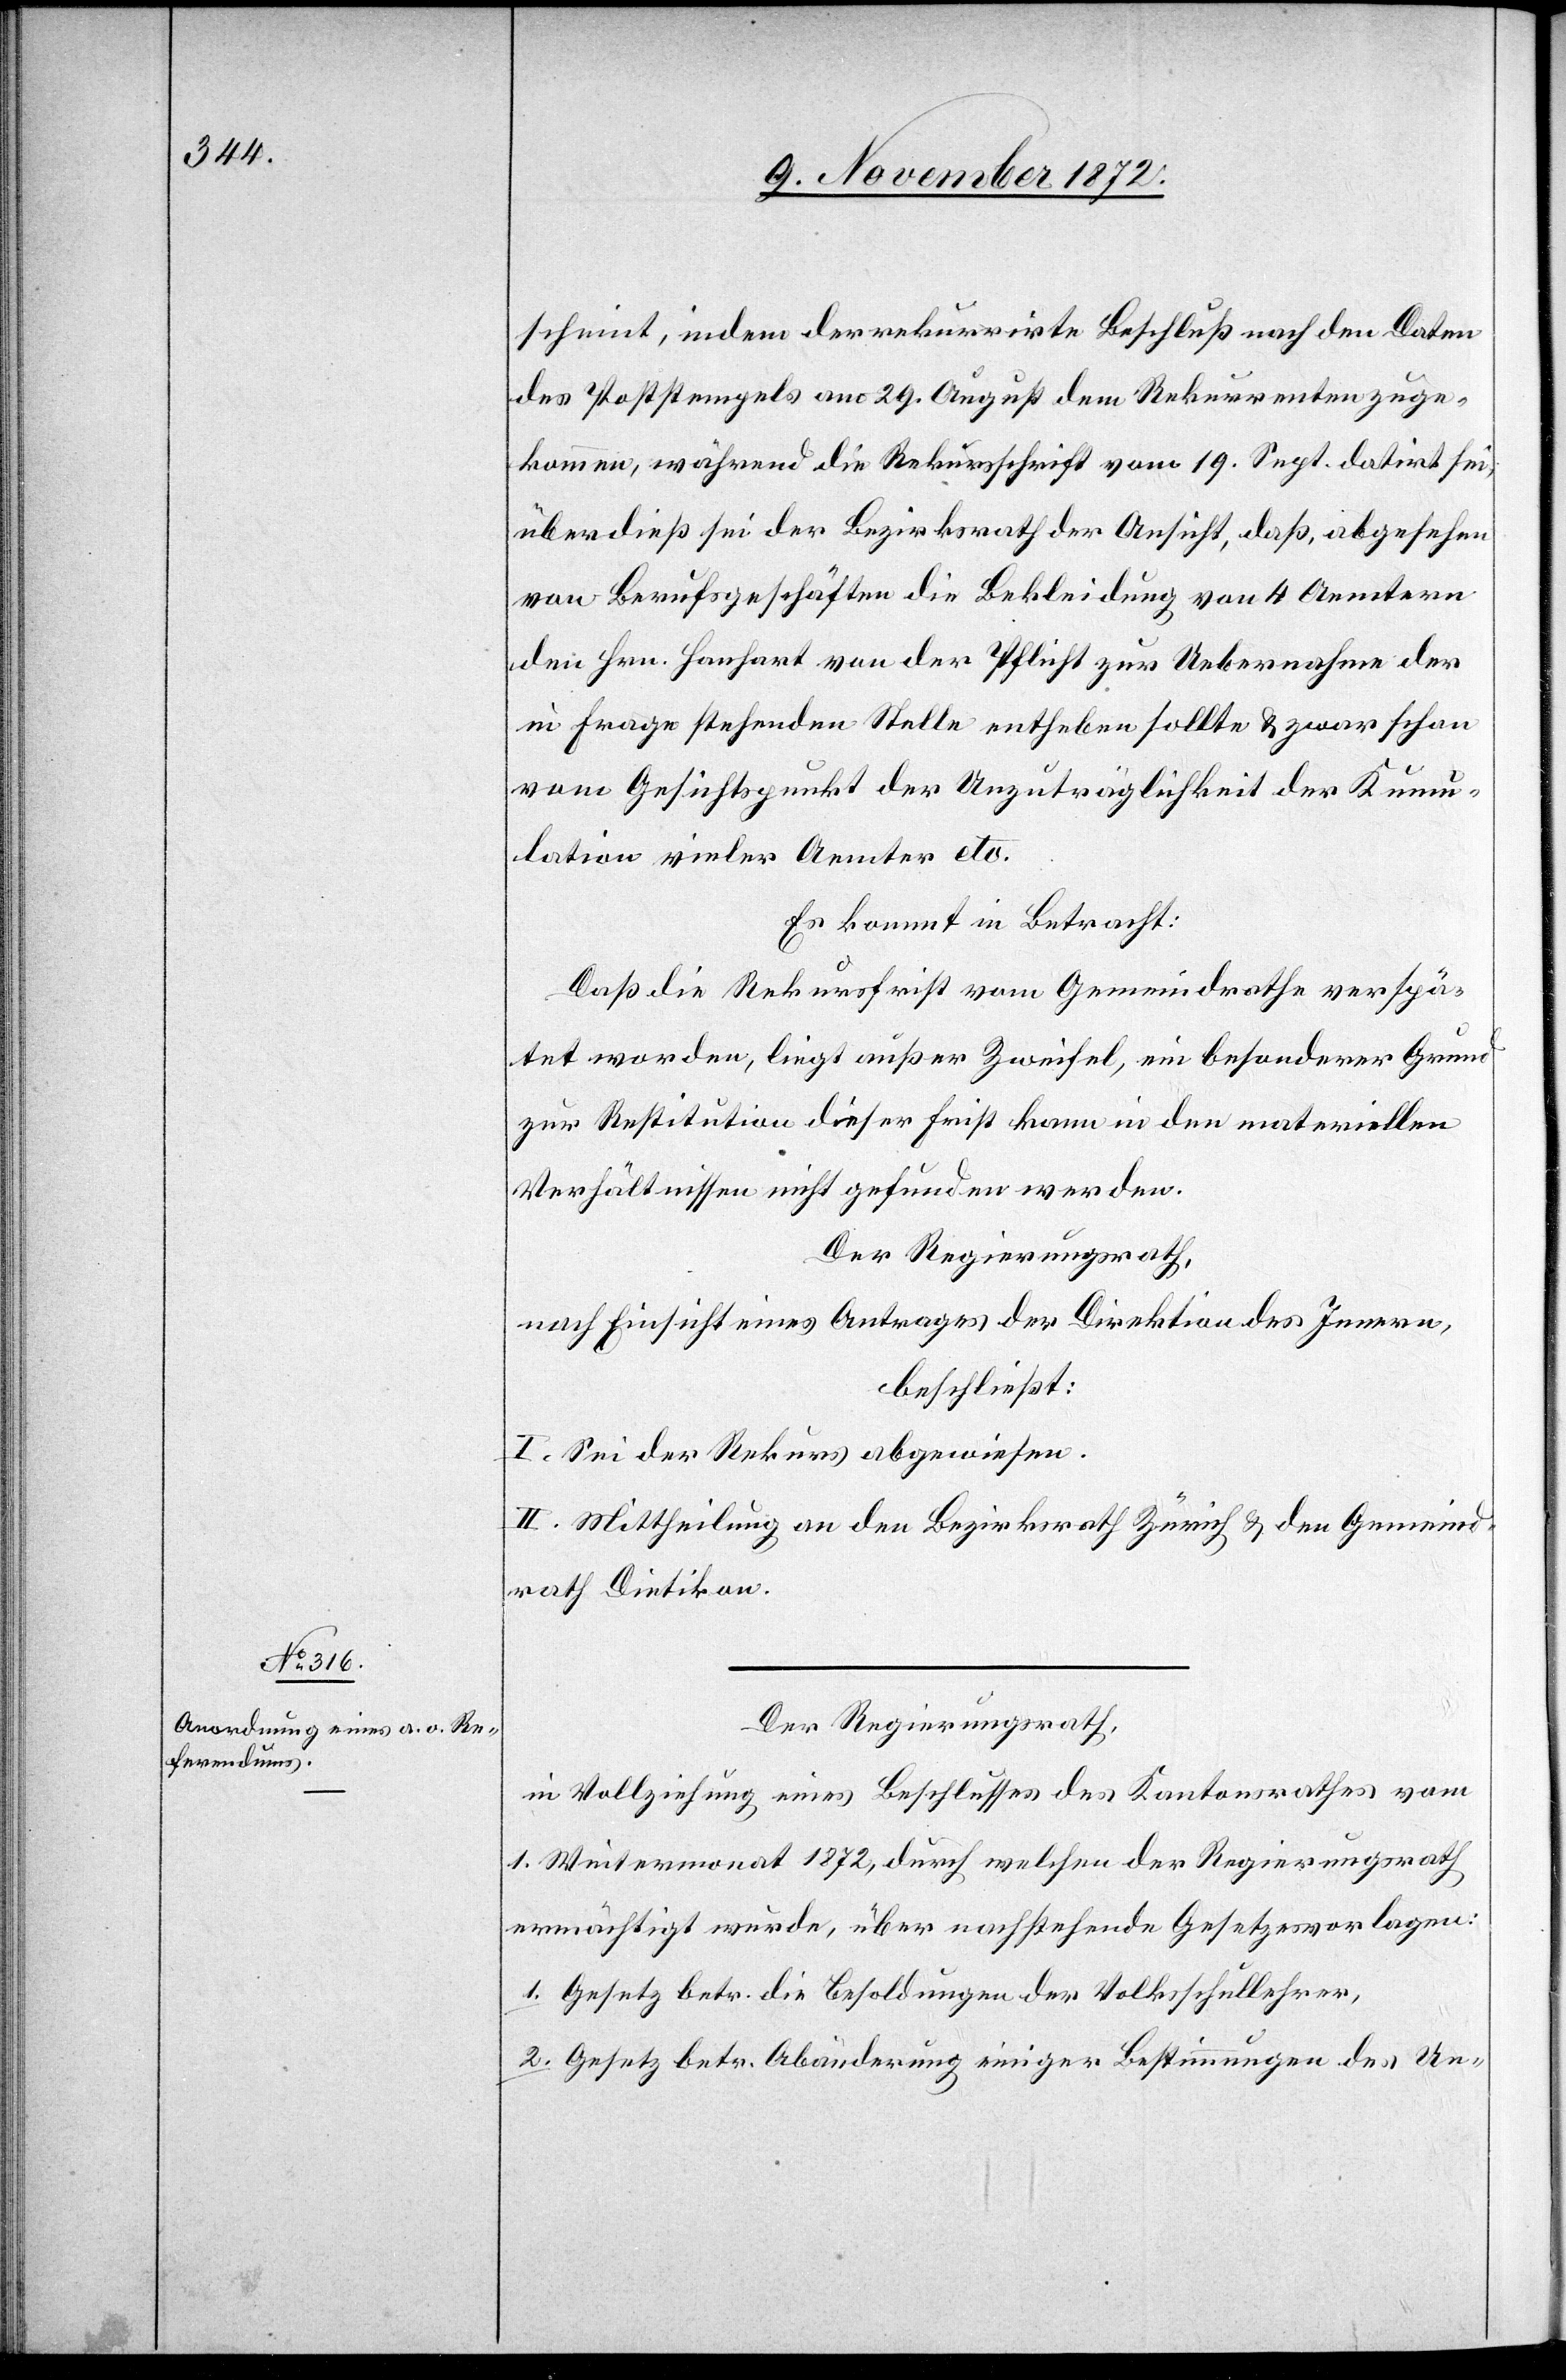
scheint, indem der rekurrirte Beschluß nach den Daten
des Poststempels am 29. August dem Rekurrenten zuge¬
kommen, während die Rekursschrift vom 19. Sept. datirt sei,
überdieß sei der Bezirksrath der Ansicht, daß, abgesehen
von Berufsgeschäften die Bekleidung von 4 Aemtern
den Hrn. Hanhart von der Pflicht zur Uebernahme der
in Frage stehenden Stelle entheben sollte u. zwar schon
vom Gesichtspunkt der Unzuträglichkeit der Kumu¬
lation vieler Aemter etc.
Es kommt in Betracht:
Daß die Rekursfrist vom Gemeindrathe verspä¬
tet worden, liegt außer Zweifel, ein besonderer Grund
zur Restitution dieser Frist kann in den materiellen
Verhältnissen nicht gefunden werden.
Der Regierungsrath,
nach Einsicht eines Antrages der Direktion des Innern,
beschließt:
I. Sei der Rekurs abgewiesen.
II. Mittheilung an den Bezirksrath Zürich u. den Gemeind¬
rath Dietikon.
Der Regierungsrath,
in Vollziehung eines Beschlusses des Kantonsrathes vom
1. Wintermonat 1872, durch welchen der Regierungsrath
ermächtigt wurde, über nachstehende Gesetzesvorlagen:
1. Gesetz betr. die Besoldungen der Volksschullehrer,
2. Gesetz betr. Abänderung einiger Bestimmungen des Un-